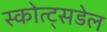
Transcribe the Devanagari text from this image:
स्कोत्ट्सडेल